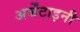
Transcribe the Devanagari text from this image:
अर्जेंटाइनी